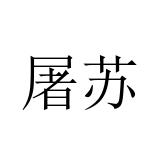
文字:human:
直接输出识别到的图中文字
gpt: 屠苏